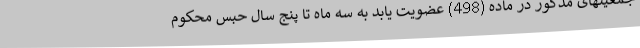
جمعیتهای مذکور در ماده (498) عضویت یابد به سه ماه تا پنج سال حبس محکوم